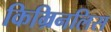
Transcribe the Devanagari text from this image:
किम्रिनलिस